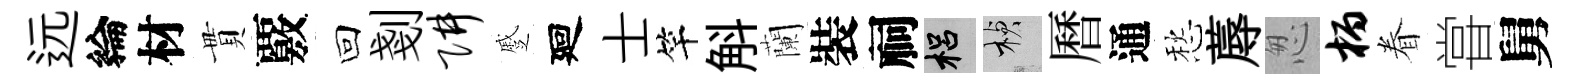
远綸材貫覈回剗阱蹙廻士竿斛蘭裝祠梠楨曆通愁蓐怱柄眷甞舅